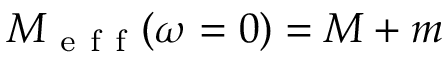
M _ { \mathrm { ~ e ~ f ~ f ~ } } ( \omega = 0 ) = M + m